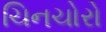
ચિનચોરો